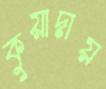
কুয়াদায়